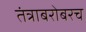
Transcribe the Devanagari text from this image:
तंत्राबरोबरच